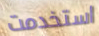
استخدمت